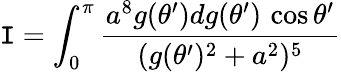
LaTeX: \mathtt{I}=\int_{0}^{\pi}{\frac{{a^{8}g(\theta^{\prime})dg(\theta^{\prime})\, \cos\theta^{\prime}}}{{(g(\theta^{\prime})^{2}+a^{2})^{5}}}}